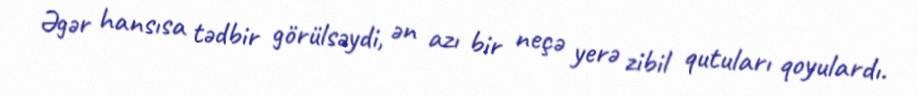
Əgər hansısa tədbir görülsəydi, ən azı bir neçə yerə zibil qutuları qoyulardı.